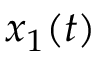
x _ { 1 } ( t )